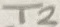
Text: T2